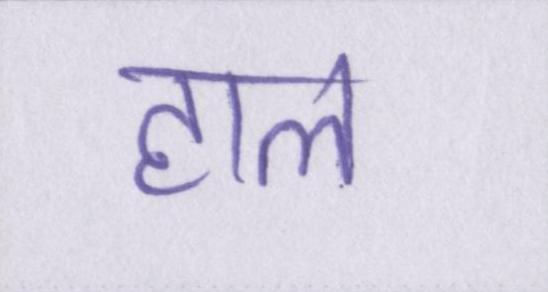
हाल